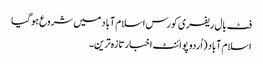
فٹ بال ریفری کورس اسلام آباد میں شروع ہوگیا
اسلام آباد (اُردو پوائنٹ اخبارتازہ ترین۔